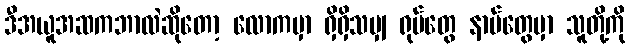
ဒီအယူအဆကဘာလဲဆိုတော့ လောကမှာ ရှိရှိသမျှ ရုပ်တွေ နာမ်တွေမှာ သူတို့ကို